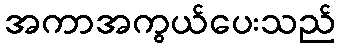
အကာအကွယ်ပေးသည်